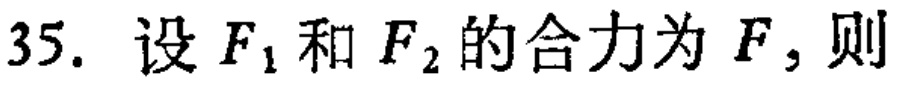
35. 设\(F_{1}\)和\(F_{2}\)的合力为\(F\)，则